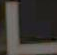
L